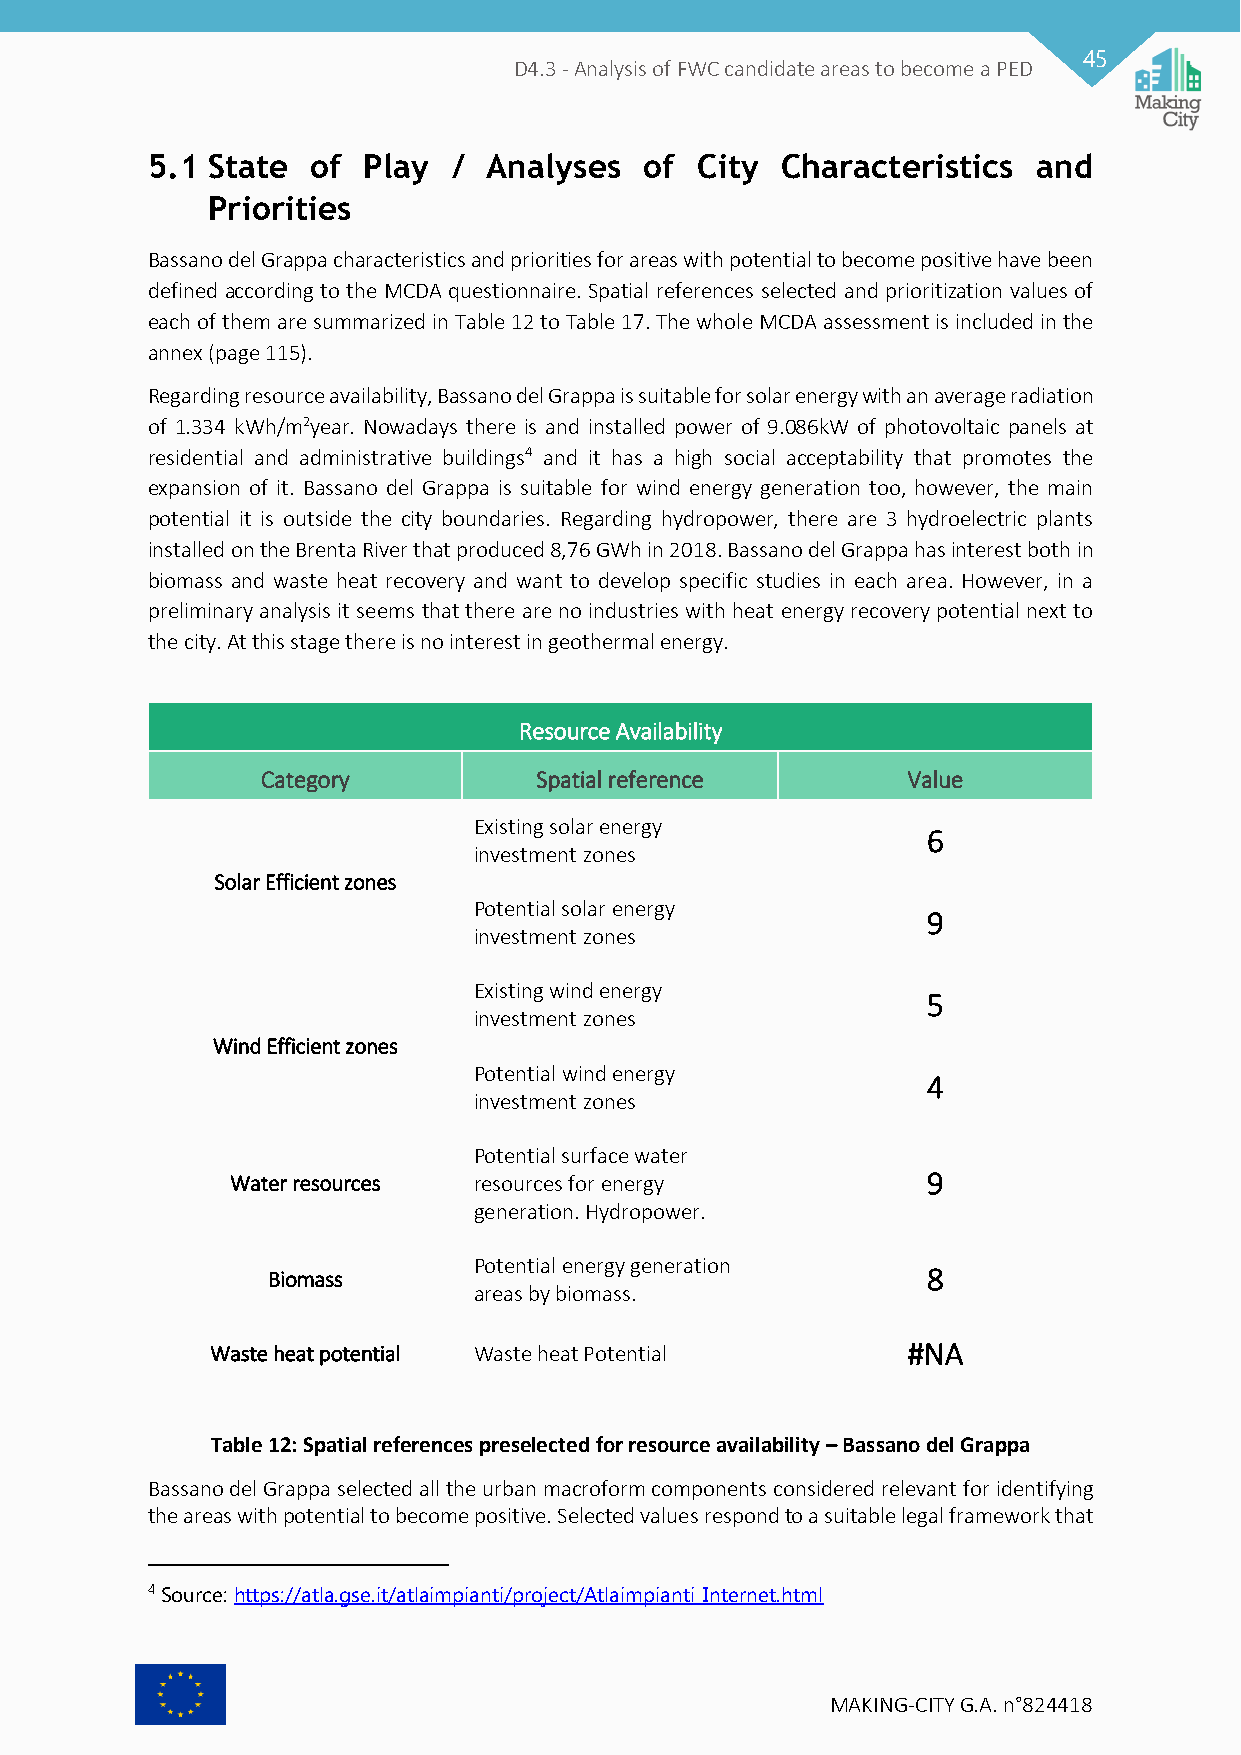
45
 D4.3 - Analysis of FWC candidate areas to become a PED
 5.1 State  of Play  / Analyses   of City  Characteristics  and
 Priorities
 Bassano del Grappa characteristics and priorities for areas with potential to become positive have been
 defined according to the MCDA questionnaire. Spatial references selected and prioritization values of
 each of them are summarized in Table 12 to Table 17. The whole MCDA assessment is included in the
 annex (page 115).
 Regarding resource availability, Bassano del Grappa is suitable for solar energy with an average radiation
 of 1.334 kWh/m2year. Nowadays there is and installed power of 9.086kW of photovoltaic panels at
 residential and administrative buildings4 and it has a high social acceptability that promotes the
 expansion of it. Bassano del Grappa is suitable for wind energy generation too, however, the main
 potential it is outside the city boundaries. Regarding hydropower, there are 3 hydroelectric plants
 installed on the Brenta River that produced 8,76 GWh in 2018. Bassano del Grappa has interest both in
 biomass and waste heat recovery and want to develop specific studies in each area. However, in a
 preliminary analysis it seems that there are no industries with heat energy recovery potential next to
 the city. At this stage there is no interest in geothermal energy.
 Resource Availability
 Category          Spatial reference        Value
 Existing solar energy
 6
 investment zones
 Solar Efficient zones
 Potential solar energy
 9
 investment zones
 Existing wind energy
 5
 investment zones
 Wind Efficient zones
 Potential wind energy
 4
 investment zones
 Potential surface water
 Water resources resources for energy          9
 generation. Hydropower.
 Potential energy generation
 Biomass                                    8
 areas by biomass.
 Waste heat potential Waste heat Potential     #NA
 Table 12: Spatial references preselected for resource availability – Bassano del Grappa
 Bassano del Grappa selected all the urban macroform components considered relevant for identifying
 the areas with potential to become positive. Selected values respond to a suitable legal framework that
 4 Source: https://atla.gse.it/atlaimpianti/project/Atlaimpianti_Internet.html
 MAKING-CITY G.A. n°824418